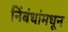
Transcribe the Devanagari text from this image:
निंबंधांमधून